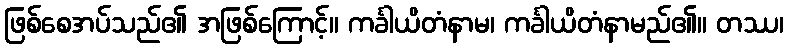
ဖြစ်စေအပ်သည်၏ အဖြစ်ကြောင့်။ ကင်္ခါယိတံနာမ၊ ကင်္ခါယိတံနာမည်၏။ တဿ၊